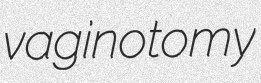
vaginotomy